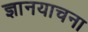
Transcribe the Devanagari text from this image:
ज्ञानयाचना